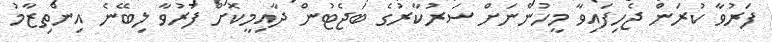
ފަރުވާ ކުރަން ޖެހިފައިވާ މީހުންނަށް ސަރުކާރުގެ ބަޖެޓުން ދާއިމީކޮށް ފަރުވާ ލިބޭނެ އިންތިޒާމު